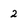
Character: 2